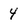
Character: 4